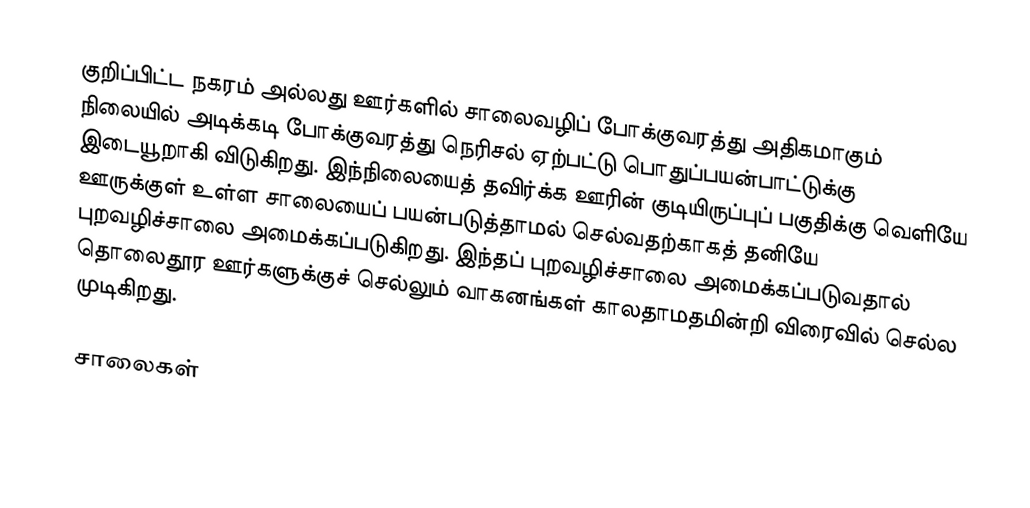
குறிப்பிட்ட நகரம் அல்லது ஊர்களில் சாலைவழிப் போக்குவரத்து அதிகமாகும் நிலையில் அடிக்கடி போக்குவரத்து நெரிசல் ஏற்பட்டு பொதுப்பயன்பாட்டுக்கு இடையூறாகி விடுகிறது. இந்நிலையைத் தவிர்க்க ஊரின் குடியிருப்புப் பகுதிக்கு வெளியே ஊருக்குள் உள்ள சாலையைப் பயன்படுத்தாமல் செல்வதற்காகத் தனியே புறவழிச்சாலை அமைக்கப்படுகிறது. இந்தப் புறவழிச்சாலை அமைக்கப்படுவதால் தொலைதூர ஊர்களுக்குச் செல்லும் வாகனங்கள் காலதாமதமின்றி விரைவில் செல்ல முடிகிறது.

சாலைகள்